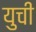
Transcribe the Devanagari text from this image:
युची